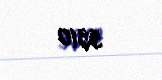
5310